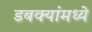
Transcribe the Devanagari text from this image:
डबक्यांमध्ये